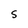
Character: S